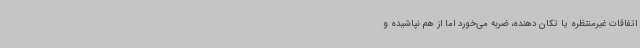
اتفاقات غیرمنتظره یا تکان دهنده، ضربه می‌خورد اما از هم نپاشیده و